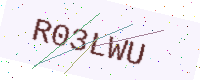
Text: R03LWU